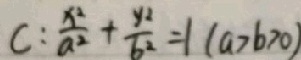
C : \frac { x ^ { 2 } } { a ^ { 2 } } + \frac { y ^ { 2 } } { b ^ { 2 } } = 1 ( a > b > 0 )